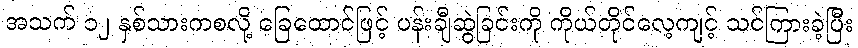
အသက် ၁၂ နှစ်သားကစလို့ ခြေထောင်ဖြင့် ပန်းချီဆွဲခြင်းကို ကိုယ်တိုင်လေ့ကျင့် သင်ကြားခဲ့ပြီး